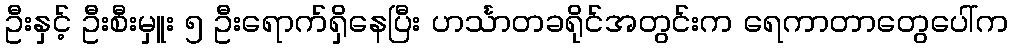
ဦးနှင့် ဦးစီးမှူး ၅ ဦးရောက်ရှိနေပြီး ဟင်္သာတခရိုင်အတွင်းက ရေကာတာတွေပေါ်က